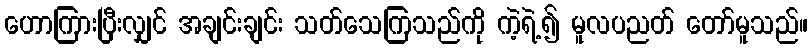
ဟောကြားပြီးလျှင် အချင်းချင်း သတ်သေကြသည်ကို ကဲ့ရဲ့၍ မူလပညတ် တော်မူသည်။